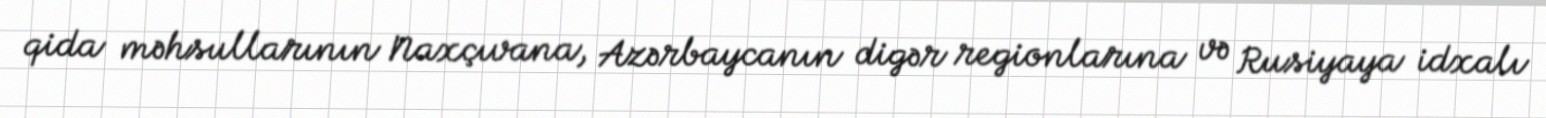
qida məhsullarının Naxçıvana, Azərbaycanın digər regionlarına və Rusiyaya idxalı